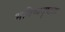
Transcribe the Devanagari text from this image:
भविष्यदृष्टता